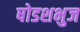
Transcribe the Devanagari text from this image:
षोडशभुज